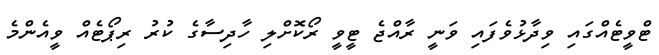
ޓްވީޓެއްގައި ވިދާޅުވެފައި ވަނީ ރާއްޖެ ޓީވީ ރޯކޮށްލި ހާދިސާގެ ކުރު ރިޕޯޓެއް ވީއެންމެ